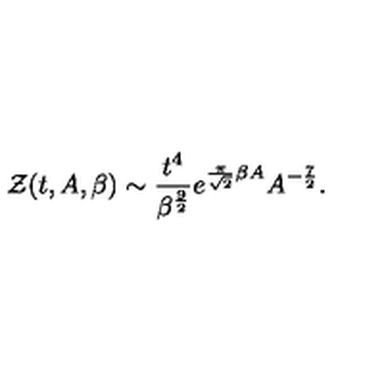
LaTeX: { \cal Z } ( t , A , \beta ) \sim { \frac { t ^ { 4 } } { \beta ^ { \frac { 9 } { 2 } } } } e ^ { { \frac { \pi } { \sqrt { 2 } } } \beta A } A ^ { - { \frac { 7 } { 2 } } } .